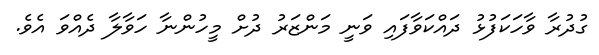
ގުދުރާ ވާހަކަފުޅު ދައްކަވާފައި ވަނީ މަންޒަރު ދުށް މީހުންނާ ހަވާލާ ދެއްވަ އެވެ.